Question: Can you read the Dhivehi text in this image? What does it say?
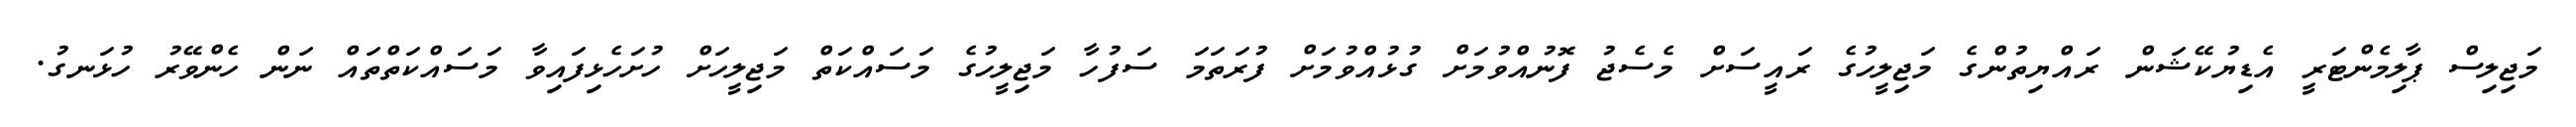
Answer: މަޖިލިސް ޕާލިމެންޓަރީ އެޑިޔުކޭޝަން ރައްޔިތުންގެ މަޖިލީހުގެ ރައީސަށް މެސެޖު ފޮނުއްވުމަށް ގުޅުއްވުމަށް ފުރަތަމަ ސަފުހާ މަޖިލީހުގެ މަސައްކަތް މަޖިލީހަށް ހުށަހެޅިފައިވާ މަސައްކަތްތައް ނަން ހެންވޭރު ހުޅަނގު.